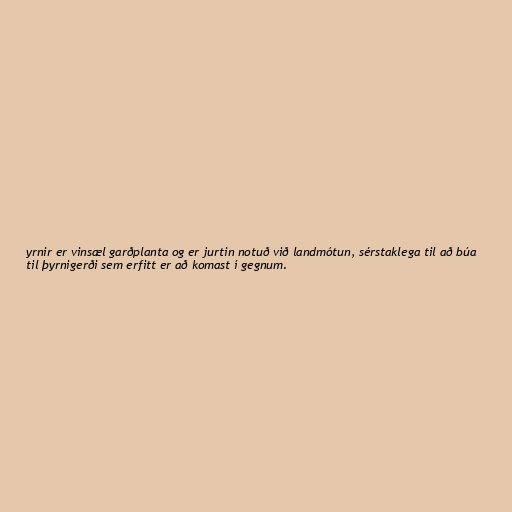
yrnir er vinsæl garðplanta og er jurtin notuð við landmótun, sérstaklega til að búa
til þyrnigerði sem erfitt er að komast í gegnum.